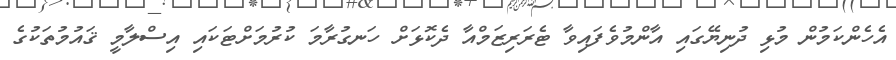
އެހެންކަމުން މުޅި ދުނިޔޭގައި އާންމުވެފައިވާ ޓެރަރިޒަމްއާ ދެކޮޅަށް ހަނގުރާމަ ކުރުމަށްޓަކައި އިސްލާމީ ޤައުމުތަކުގެ